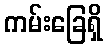
ကမ်းခြေရှိ